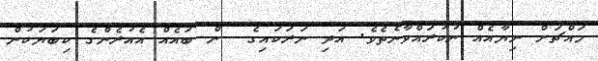
މައްޗަށް ނިޔާއެއް ނުކުރައްވާނެތެވެ. އަދި ނަރަކައިގެ  ން ބައެއް އެއުރެންގެ ކިބަޔަކުން